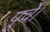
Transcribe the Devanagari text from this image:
पूर्वे।